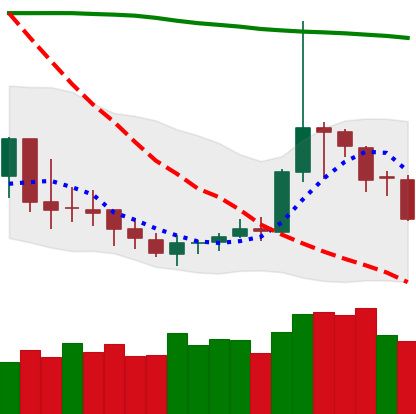
Ticker: DOGE-USD
Chart end date: 2019-09-23
Forward return: -10.137%
Label: down_7plus